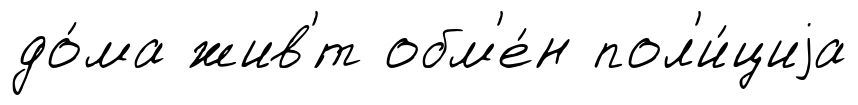
до́ма жив'́т обм'е́н пол'и́циjа